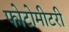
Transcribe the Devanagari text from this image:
फोटोमीटरी